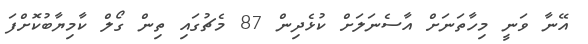
އޭނާ ވަނީ މިހާތަނަށް އާސެނަލަށް ކުޅެދިން 87 މެޗުގައި ތިން ގޯލް ކާމިޔާބުކޮށްފަ